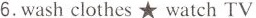
6.wash clothes ★ watch TV